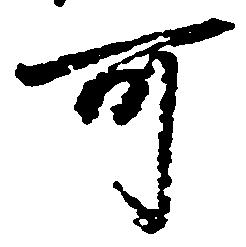
可